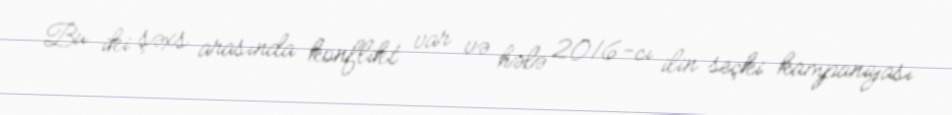
Bu iki şəxs arasında konflikt var və hələ 2016-cı ilin seçki kampaniyası